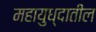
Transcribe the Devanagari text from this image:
महायुध्दातील